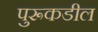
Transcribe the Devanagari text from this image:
पुरूकडील